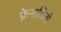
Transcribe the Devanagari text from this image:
फ्रेनाडिलो